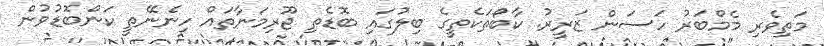
މަތިވެރި މެމްބަރު ހަސަން ޒަރީރު. ކާބޯަތަކެތީގެ ބިލުގައި ބޮޑެތި ޖޫރިމަނާތައް ހިނެނޭތީ ކަންބޮޑުވުން